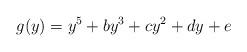
LaTeX: \begin{align*}g(y) = y^5 + b y^3 + c y^2 + d y + e\end{align*}